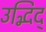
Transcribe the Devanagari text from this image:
उद्भिद्